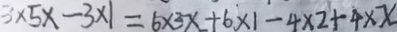
3 \times 5 x - 3 \times 1 = 6 \times 3 x + 6 \times 1 - 4 \times 2 + 4 \times x